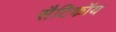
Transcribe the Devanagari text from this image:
सैटिकॉय